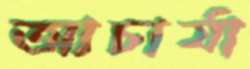
আচার্যা